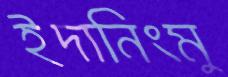
ইদানিংমু